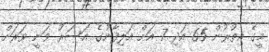
މީގެ އިތުރުން 65 އަދި 7 އަށް އަލިފާނުގެ އަސަރު ވަނީ ވަރަށް